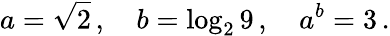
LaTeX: a={\sqrt{2}}\, ,\quad b=\log_{2}9\, ,\quad a^{b}=3\, .